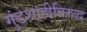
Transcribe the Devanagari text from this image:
गुंडशाहीविरुद्ध